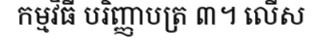
កម្មវិធី បរិញ្ញាបត្រ ៣។ លើស